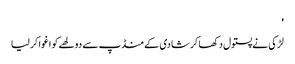
'
لڑکی نے پستول دکھا کر شادی کے منڈپ سے دولھے کو اغوا کر لیا